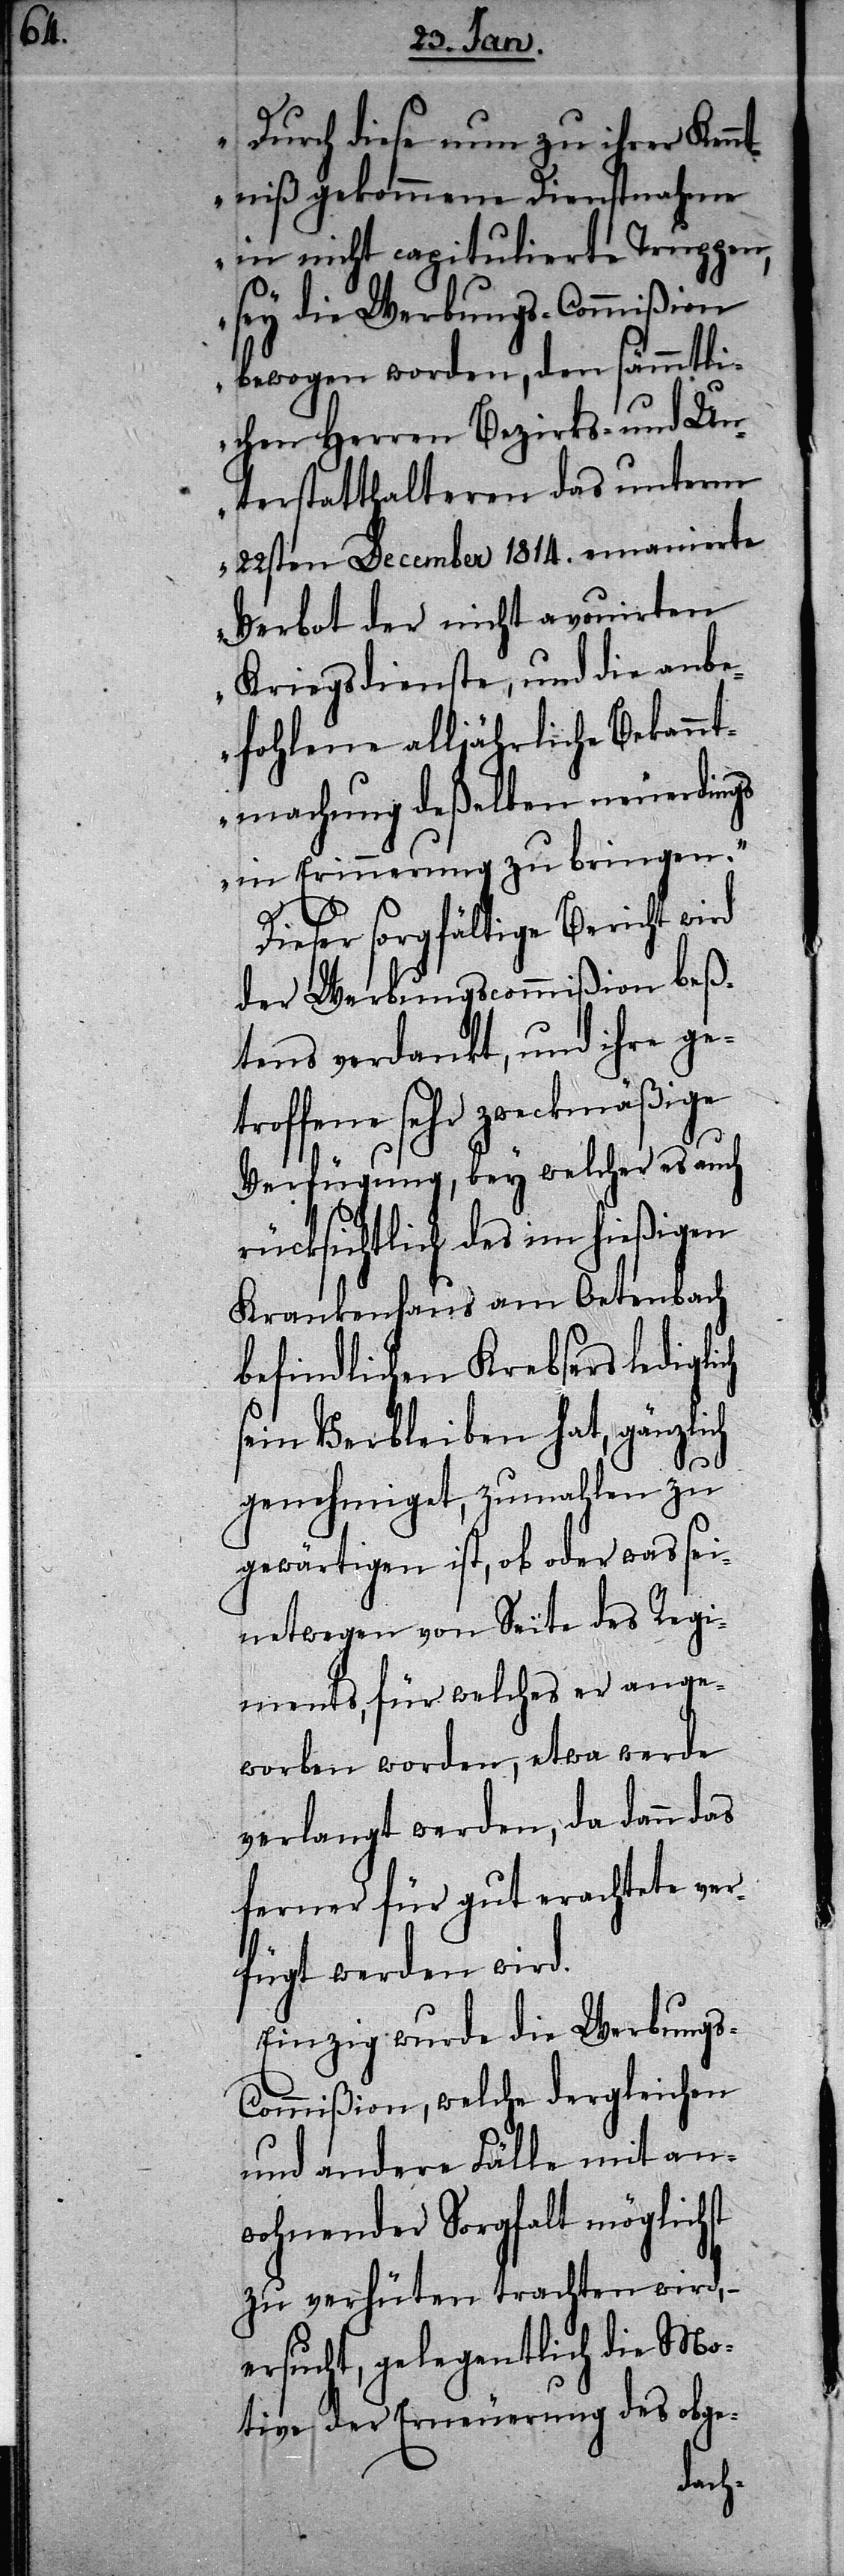
e¬

Durch diese nun zu ihrer Kenn¬
tniß gekommene Dienstnahme
in nicht capitulierte Truppen,
sey die Werbungs-Commißion
bewogen worden, den sämmtli¬
chen Herren Bezirks- und Un¬
terstatthalteren das unterm
22ten December 1814. emanierte
Verbot der nicht avouirten
Kriegsdienste, und die anbe¬
fohlene alljährliche Bekannt¬
machung deßelben neuerdings
in Erinnerung zu bringen.“
Dieser sorgfältige Bericht wird
der Werbungscommißion beß¬
tens verdankt, und ihre get¬
roffene sehr zweckmäßige
Verfügung, bey welcher es auch
rücksichtlich des im hießigen
Krankenhaus am Oetenbach
befindlichen Krebsers ledigli¬
sein Verbleiben hat, gänzlich
genehmiget, zumahlen zu
gewärtigen ist, ob oder was sei¬
netwegen von Seite des Regi¬
ments, für welches er ange¬
worben worden, etwa werde
verlangt werden, da dann das
ferner für gut erachtete ver¬
fügt werden wird.
Einzig wurde die Werbungs-C¬
ommißion, welche dergleichen
und andere Fälle mit an¬
wohnender Sorgfalt möglichst
zu verhüten trachten wird, –
rsucht, gelegentlich die Mo¬
tive der Erneuerung des obge-
ch